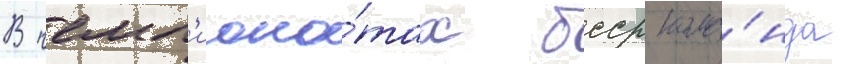
В чемп'иона́тах бсср кома́нда